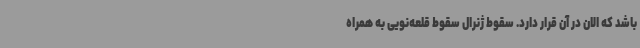
باشد که الان در آن قرار دارد. سقوط ژنرال سقوط قلعه‌نویی به همراه